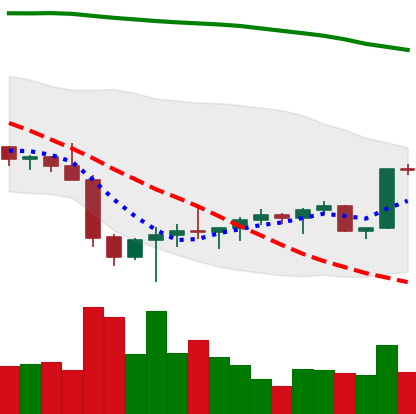
Ticker: BTC-USD
Chart end date: 2022-02-05
Forward return: 5.125%
Label: up_5_7